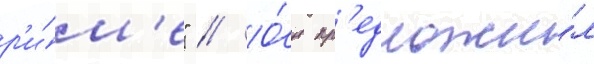
р'и́м'е" // О́н пр'едложи́л